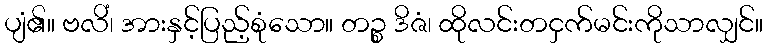
ပျံ၏။ ဗလိံ၊ အားနှင့်ပြည့်စုံသော။ တဉ္စ ဒိဇံ၊ ထိုလင်းတငှက်မင်းကိုသာလျှင်။